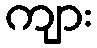
ကျား